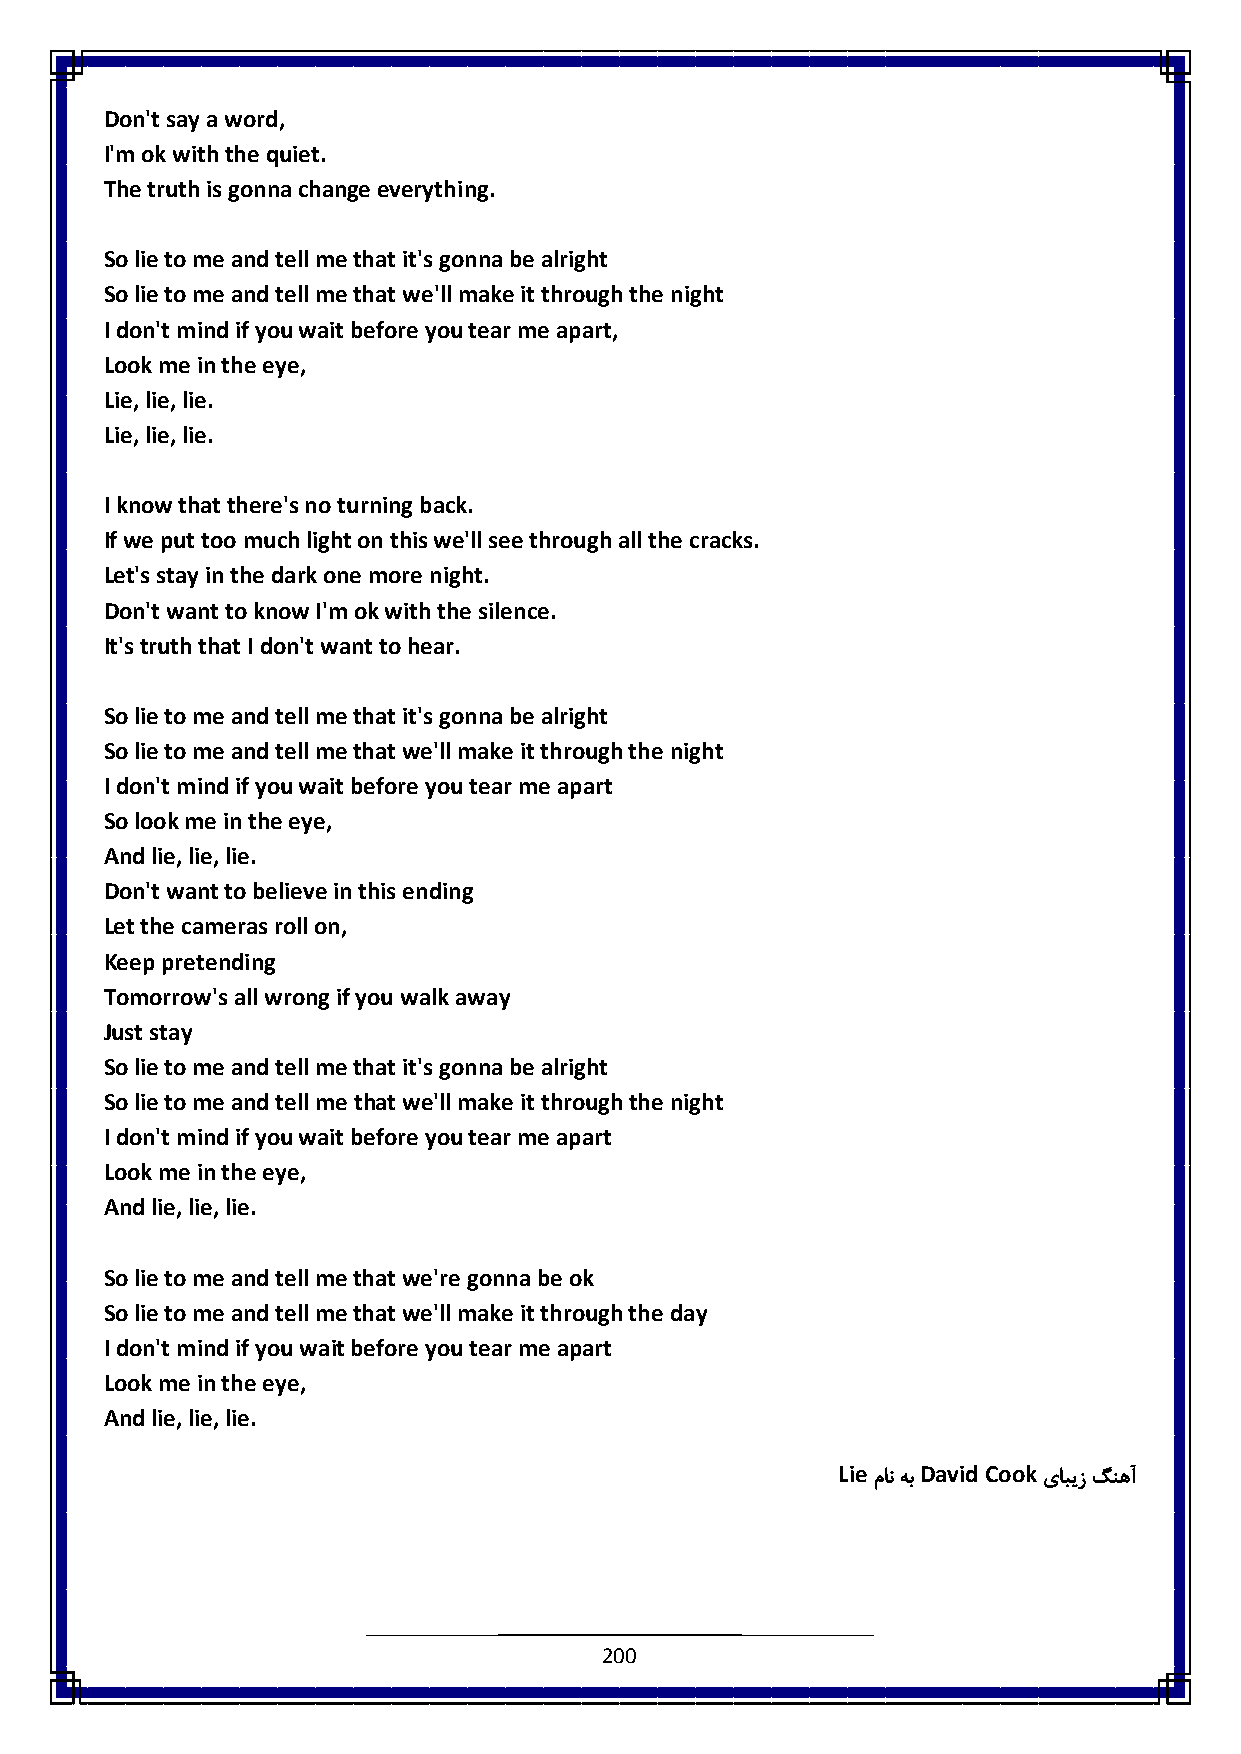
Don't say a word,
 I'm ok with the quiet.
 The truth is gonna change everything.
 So lie to me and tell me that it's gonna be alright
 So lie to me and tell me that we'll make it through the night
 I don't mind if you wait before you tear me apart,
 Look me in the eye,
 Lie, lie, lie.
 Lie, lie, lie.
 I know that there's no turning back.
 If we put too much light on this we'll see through all the cracks.
 Let's stay in the dark one more night.
 Don't want to know I'm ok with the silence.
 It's truth that I don't want to hear.
 So lie to me and tell me that it's gonna be alright
 So lie to me and tell me that we'll make it through the night
 I don't mind if you wait before you tear me apart
 So look me in the eye,
 And lie, lie, lie.
 Don't want to believe in this ending
 Let the cameras roll on,
 Keep pretending
 Tomorrow's all wrong if you walk away
 Just stay
 So lie to me and tell me that it's gonna be alright
 So lie to me and tell me that we'll make it through the night
 I don't mind if you wait before you tear me apart
 Look me in the eye,
 And lie, lie, lie.
 So lie to me and tell me that we're gonna be ok
 So lie to me and tell me that we'll make it through the day
 I don't mind if you wait before you tear me apart
 Look me in the eye,
 And lie, lie, lie.
 Lie   David Cook
 مان هب     یابیز گنهآ
 200